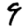
Digit: 9